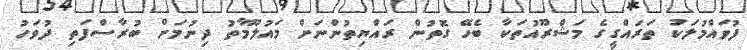
ފުވައްމުލަކު ތަރައްގީގެ މަޝްރޫއުތަކާ ބެހޭ ގޮތުން ރައްޔިތުންނަށް މައުލޫމާތު ދިނުމަށް ބުރާސްފަތި ދުވަހު